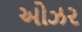
ઓઝર